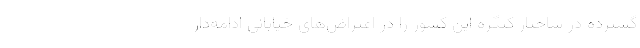
گسترده در ساختار کنگره این کشور را در اعتراض‌های خیابانی ادامه‌دار